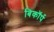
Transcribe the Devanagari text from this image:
बिकॉर्प